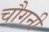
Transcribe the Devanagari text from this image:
चौगनी